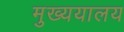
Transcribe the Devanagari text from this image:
मुख्ययालय